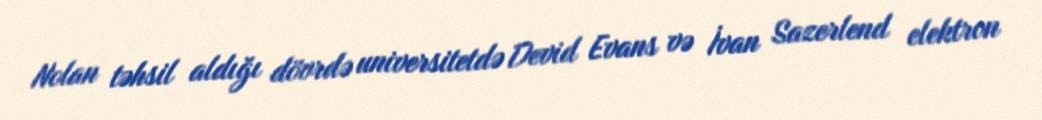
Nolan təhsil aldığı dövrdə universitetdə Devid Evans və İvan Sazerlend elektron